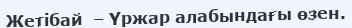
Жетібай  – Үржар алабындағы өзен.